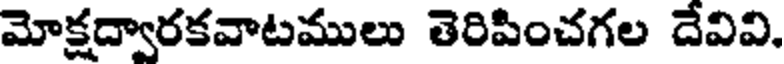
మోక్షద్వారకవాటములు తెరిపించగల దేవివి.